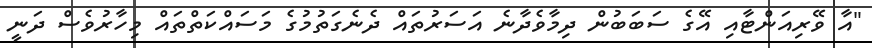
"އާ ވޭރިއަންޓާއި އޭގެ ސަބަބުން ދިމާވެދާނެ އަސަރުތައް ދެނެގަތުމުގެ މަސައްކަތްތައް މިހާރުވެސް ދަނީ